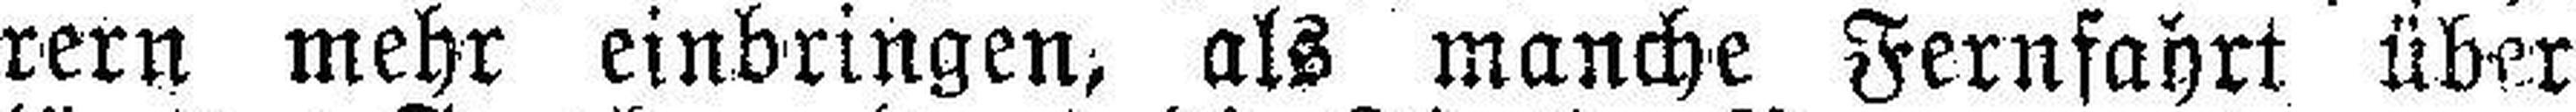
rern mehr einbringen, als manche Fernfahrt über